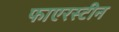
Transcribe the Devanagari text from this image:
फाएरस्टीन